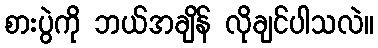
စားပွဲကို ဘယ်အချိန် လိုချင်ပါသလဲ။